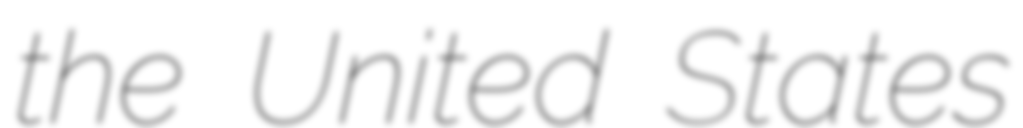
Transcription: the United States